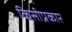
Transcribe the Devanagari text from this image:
किसीप्रकार